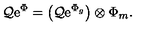
{ \cal Q } \mathrm { e } ^ { \Phi } = \bigl ( { \cal Q } \mathrm { e } ^ { \Phi _ { g } } \bigr ) \otimes \Phi _ { m } .